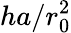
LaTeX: ha/r_{0}^{2}